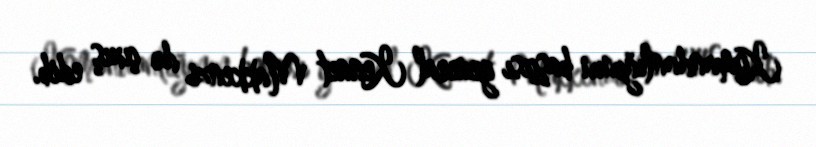
Komandanlığının başçısı general Kennet Makkenzi də çıxış edib.